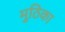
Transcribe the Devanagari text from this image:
मुठिका